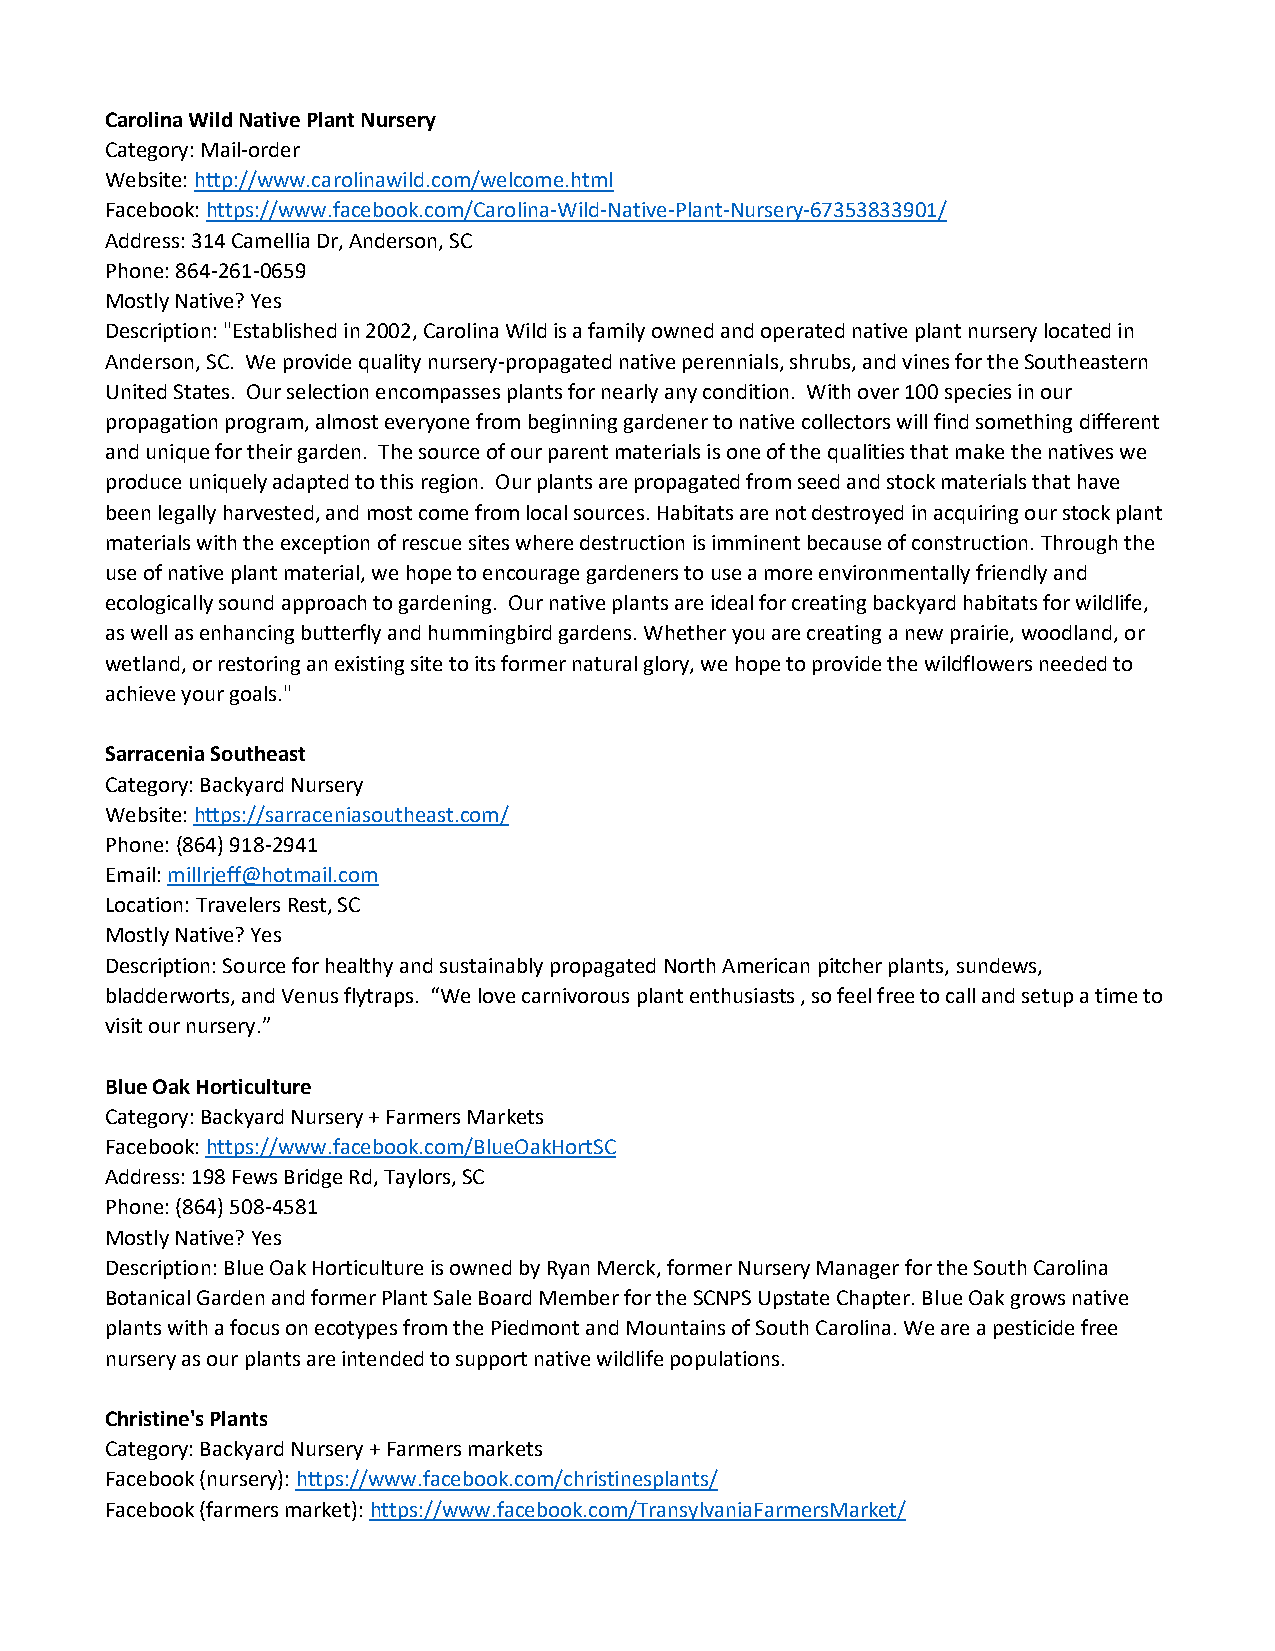
Carolina Wild Native Plant Nursery
 Category: Mail-order
 Website: http://www.carolinawild.com/welcome.html
 Facebook: https://www.facebook.com/Carolina-Wild-Native-Plant-Nursery-67353833901/
 Address: 314 Camellia Dr, Anderson, SC
 Phone: 864-261-0659
 Mostly Native? Yes
 Description: "Established in 2002, Carolina Wild is a family owned and operated native plant nursery located in
 Anderson, SC. We provide quality nursery-propagated native perennials, shrubs, and vines for the Southeastern
 United States. Our selection encompasses plants for nearly any condition. With over 100 species in our
 propagation program, almost everyone from beginning gardener to native collectors will find something different
 and unique for their garden. The source of our parent materials is one of the qualities that make the natives we
 produce uniquely adapted to this region. Our plants are propagated from seed and stock materials that have
 been legally harvested, and most come from local sources. Habitats are not destroyed in acquiring our stock plant
 materials with the exception of rescue sites where destruction is imminent because of construction. Through the
 use of native plant material, we hope to encourage gardeners to use a more environmentally friendly and
 ecologically sound approach to gardening. Our native plants are ideal for creating backyard habitats for wildlife,
 as well as enhancing butterfly and hummingbird gardens. Whether you are creating a new prairie, woodland, or
 wetland, or restoring an existing site to its former natural glory, we hope to provide the wildflowers needed to
 achieve your goals."
 Sarracenia Southeast
 Category: Backyard Nursery
 Website: https://sarraceniasoutheast.com/
 Phone: (864) 918-2941
 Email: millrjeff@hotmail.com
 Location: Travelers Rest, SC
 Mostly Native? Yes
 Description: Source for healthy and sustainably propagated North American pitcher plants, sundews,
 bladderworts, and Venus flytraps. “We love carnivorous plant enthusiasts , so feel free to call and setup a time to
 visit our nursery.”
 Blue Oak Horticulture
 Category: Backyard Nursery + Farmers Markets
 Facebook: https://www.facebook.com/BlueOakHortSC
 Address: 198 Fews Bridge Rd, Taylors, SC
 Phone: (864) 508-4581
 Mostly Native? Yes
 Description: Blue Oak Horticulture is owned by Ryan Merck, former Nursery Manager for the South Carolina
 Botanical Garden and former Plant Sale Board Member for the SCNPS Upstate Chapter. Blue Oak grows native
 plants with a focus on ecotypes from the Piedmont and Mountains of South Carolina. We are a pesticide free
 nursery as our plants are intended to support native wildlife populations.
 Christine's Plants
 Category: Backyard Nursery + Farmers markets
 Facebook (nursery): https://www.facebook.com/christinesplants/
 Facebook (farmers market): https://www.facebook.com/TransylvaniaFarmersMarket/